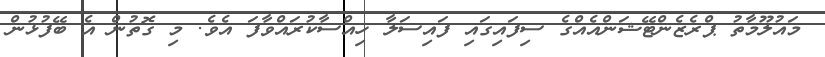
މައުލޫމާތު ޕްރެޒެންޓޭޝަންއެއްގެ ސިފައިގައި ފައިސަލާ ހިއްސާކުރައްވާފަ އެވެ. މި ގޮތުން އެ ބޭފުޅުން